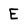
Character: E